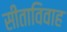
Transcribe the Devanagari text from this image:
सीताविवाह